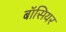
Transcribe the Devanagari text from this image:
बॉसियर